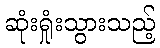
ဆုံးရှုံးသွားသည့်